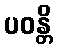
ပဝန္တိ